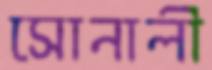
সোনালী